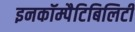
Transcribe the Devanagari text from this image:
इनकॉम्पैटिबिलिटी